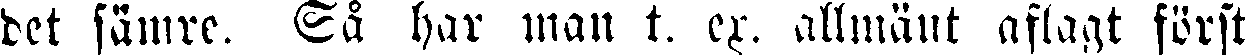
det sämre. Så har man t. ex. allmänt aflagt först